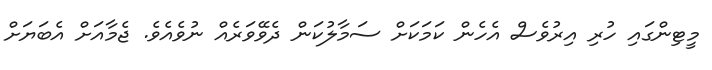
މީޓިންގައި ހުރި އިރުވެސް އެހެން ކަމަކަށް ސަމާލުކަން ދެވޭވަރެއް ނުވެއެވެ. ޖެމާއަށް އެބަޔަށް